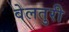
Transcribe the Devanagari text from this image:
वेलतुरी